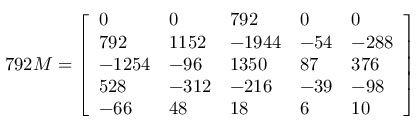
7 9 2 M = \left[ \begin{array} { l l l l l } { 0 } & { 0 } & { 7 9 2 } & { 0 } & { 0 } \\ { 7 9 2 } & { 1 1 5 2 } & { - 1 9 4 4 } & { - 5 4 } & { - 2 8 8 } \\ { - 1 2 5 4 } & { - 9 6 } & { 1 3 5 0 } & { 8 7 } & { 3 7 6 } \\ { 5 2 8 } & { - 3 1 2 } & { - 2 1 6 } & { - 3 9 } & { - 9 8 } \\ { - 6 6 } & { 4 8 } & { 1 8 } & { 6 } & { 1 0 } \end{array} \right]